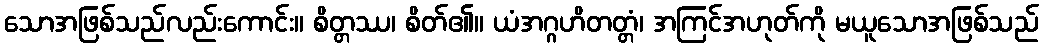
သောအဖြစ်သည်လည်းကောင်း။ စိတ္တဿ၊ စိတ်၏။ ယံအဂ္ဂဟိတတ္တံ၊ အကြင်အဟုတ်ကို မယူသောအဖြစ်သည်